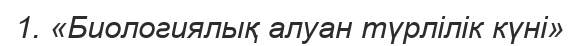
1. «Биологиялық алуан түрлілік күні»